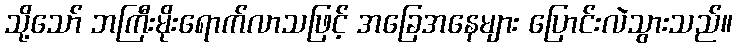
သို့သော် ဘကြီးမိုးရောက်လာသဖြင့် အခြေအနေများ ပြောင်းလဲသွားသည်။